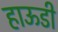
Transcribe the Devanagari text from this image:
हाऊडी